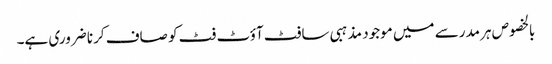
بالخصوص ہر مدرسے میں موجود مذہبی سافٹ آؤٹ فٹ کو صاف کرنا ضروری ہے۔